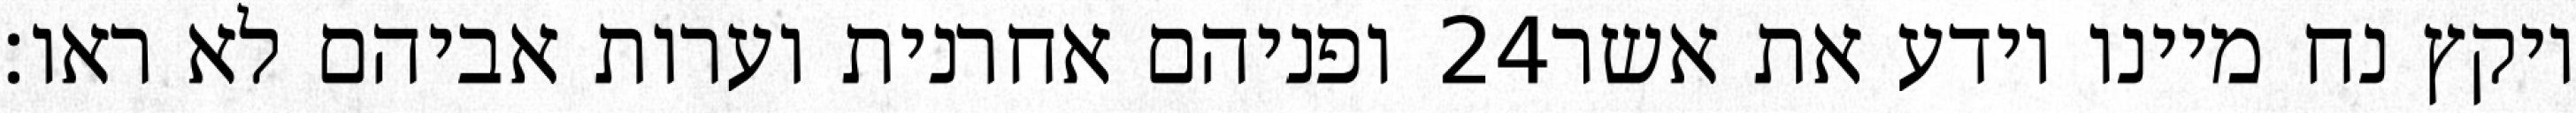
ופניהם אחרנית וערות אביהם לא ראו׃ ‎24‏ ויקץ נח מיינו וידע את אשר